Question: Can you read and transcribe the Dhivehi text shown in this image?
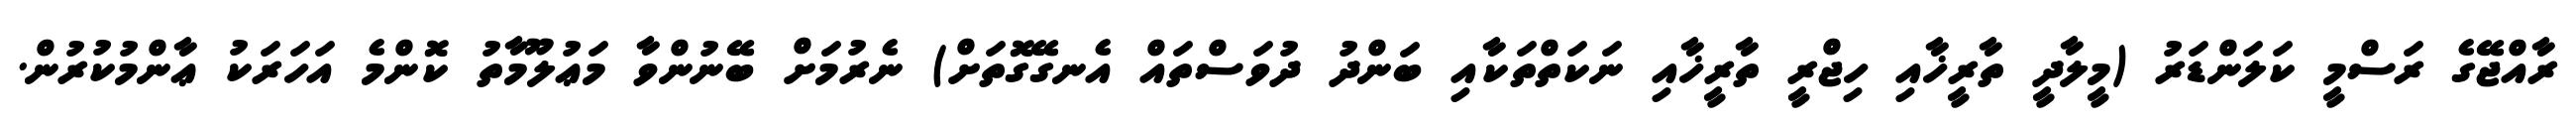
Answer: ރާއްޖޭގެ ރަސްމީ ކަލަންޑަރު (މީލާދީ ތާރީޚާއި ހިޖްރީ ތާރީޚާއި ނަކަތްތަކާއި ބަންދު ދުވަސްތައް އެނގޭގޮތަށް) ނެރުމަށް ބޭނުންވާ މަޢުލޫމާތު ކޮންމެ އަހަރަކު ޢާންމުކުރުން.